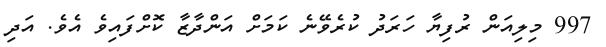
997 މިލިއަން ރުފިޔާ ހަރަދު ކުރެވޭނެ ކަމަށް އަންދާޒާ ކޮށްފައިވެ އެވެ. އަދި